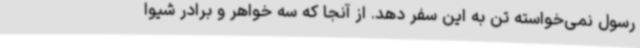
رسول نمی‌خواسته تن به این سفر دهد. از آنجا که سه خواهر و برادر شیوا